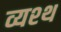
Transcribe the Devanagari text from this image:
व्यश्थ